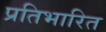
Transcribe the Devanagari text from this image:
प्रतिभारित